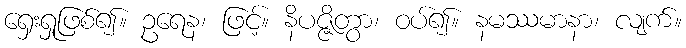
ရှေးရှုဖြစ်၍။ ဥရေန၊ ဖြင့်။ နိပဇ္ဇိတွာ၊ ဝပ်၍။ နမဿမာနာ၊ လျက်။